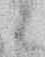
候